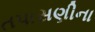
તપાસણીના